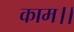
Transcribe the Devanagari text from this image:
काम।।